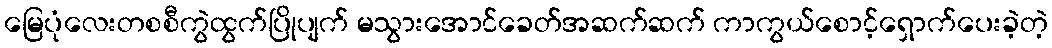
မြေပုံလေးတစစီကွဲထွက်ပြိုပျက် မသွားအောင်ခေတ်အဆက်ဆက် ကာကွယ်စောင့်ရှောက်ပေးခဲ့တဲ့